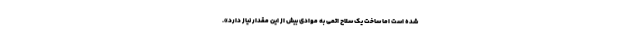
شده است اما ساخت یک سلاح اتمی به موادی بیش از این مقدار نیاز دارد».